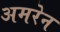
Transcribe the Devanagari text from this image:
अमरेन